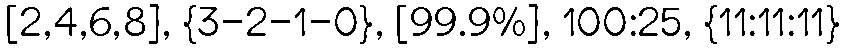
[2,4,6,8], {3-2-1-0}, [99.9%], 100:25, {11:11:11}